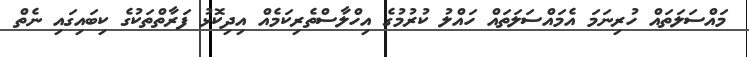
މައްސަލަތައް ހުރިނަމަ އެމައްސަލަތައް ހައްލު ކުރުމުގެ އިހްލާސްތެރިކަމެއް އިދިކޮޅު ފަރާތްތަކުގެ ކިބައިގައި ނެތް